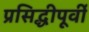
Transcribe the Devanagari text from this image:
प्रसिद्धीपूर्वी